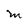
Character: M